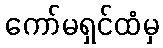
ကော်မရှင်ထံမှ